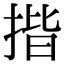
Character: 揩